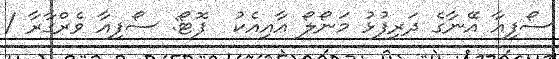
ސޯފިއާ އޭނާގެ ދަރިފުޅު މަނޯލޯ އާއިއެކު  ފޮޓޯ: ސޯފިއާ ވެރްގާރާ /